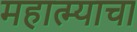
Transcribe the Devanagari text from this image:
महात्म्याचा